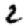
Digit: 2